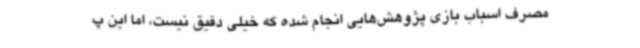
مصرف اسباب بازی پژوهش‌هایی انجام شده که خیلی دقیق نیست، اما این پ